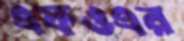
এফওএর